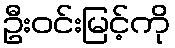
ဦးဝင်းမြင့်ကို